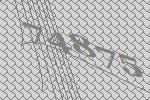
74875